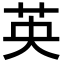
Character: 英